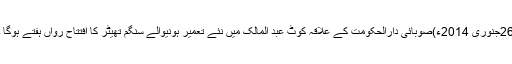
26جنوری 2014ء)صوبائی دارالحکومت کے علاقہ کوٹ عبد المالک میں نئے تعمیر ہونیوالے سنگم تھیٹر کا افتتاح رواں ہفتے ہوگا ۔